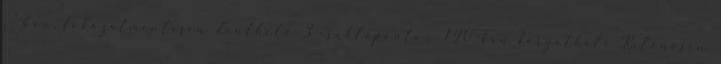
. °-ban, fokozatmentesen dönthető 3 csuklóponton 120°-ban forgatható Különösen